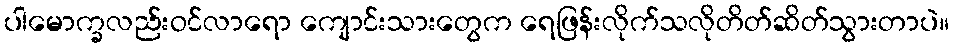
ပါမောက္ခလည်းဝင်လာရော ကျောင်းသားတွေက ရေဖြန်းလိုက်သလိုတိတ်ဆိတ်သွားတာပဲ။